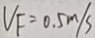
V _ { F } = 0 . 5 m / s